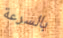
بالسرعة